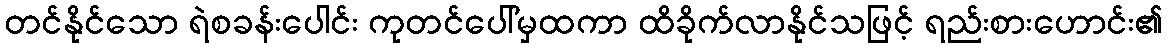
တင်နိုင်သော ရဲစခန်းပေါင်း ကုတင်ပေါ်မှထကာ ထိခိုက်လာနိုင်သဖြင့် ရည်းစားဟောင်း၏